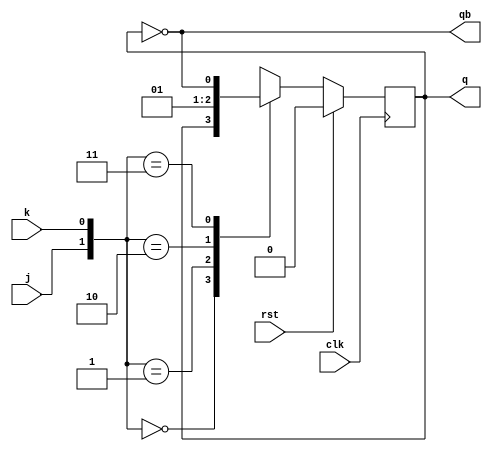
`timescale 1ns / 1ps
//////////////////////////////////////////////////////////////////////////////////
// Company: 
// Engineer: 
// 
// Design Name: 
// Module Name:    JKFF 
// Project Name: 
// Target Devices: 
// Tool versions: 
// Description: 
//
// Dependencies: 
//
// Revision: 
// Revision 0.01 - File Created
// Additional Comments: 
//
//////////////////////////////////////////////////////////////////////////////////
module JKFF(j,k,clk,rst,q,qb);
input j,k,clk,rst;
output q,qb;
reg q;
always @(posedge clk)
begin
	if(rst)
	q<=0;
	else
		begin
		case({j,k})
		2'b00:q<=q;
		2'b01:q<=0;
		2'b10:q<=1;
		2'b11:q<=~q;
		
		endcase
		end
end
assign qb = ~q;
endmodule